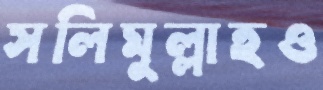
সলিমুল্লাহও